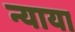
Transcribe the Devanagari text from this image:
न्याया